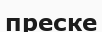
преске